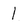
Character: 1